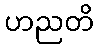
ဟညတိ